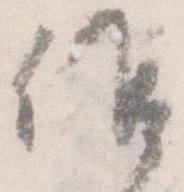
候